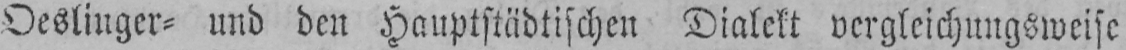
Oeslinger⸗ und den Hauptstädtischen Dialekt vergleichungsweise